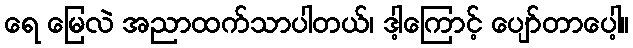
ရေ မြေလဲ အညာထက်သာပါတယ်၊ ဒါ့ကြောင့် ပျော်တာပေါ့။